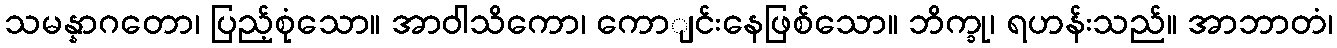
သမန္နာဂတော၊ ပြည့်စုံသော။ အာဝါသိကော၊ ကောျင်းနေဖြစ်သော။ ဘိက္ခု၊ ရဟန်းသည်။ အာဘာတံ၊